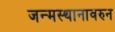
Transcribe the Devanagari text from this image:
जन्मस्थानावरुन